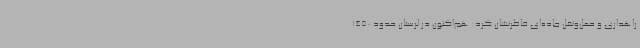
راهداری و حمل‌ونقل جاده‌ای خاطرنشان کرد: هم‌اکنون در لرستان حدود 1450